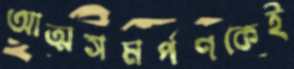
আত্মসমর্পণকেই